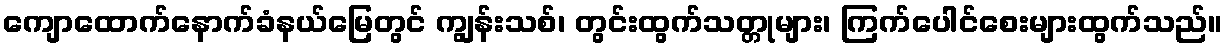
ကျောထောက်နောက်ခံနယ်မြေတွင် ကျွန်းသစ်၊ တွင်းထွက်သတ္တုများ၊ ကြက်ပေါင်စေးများထွက်သည်။